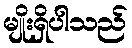
မျိုးရှိပါသည်